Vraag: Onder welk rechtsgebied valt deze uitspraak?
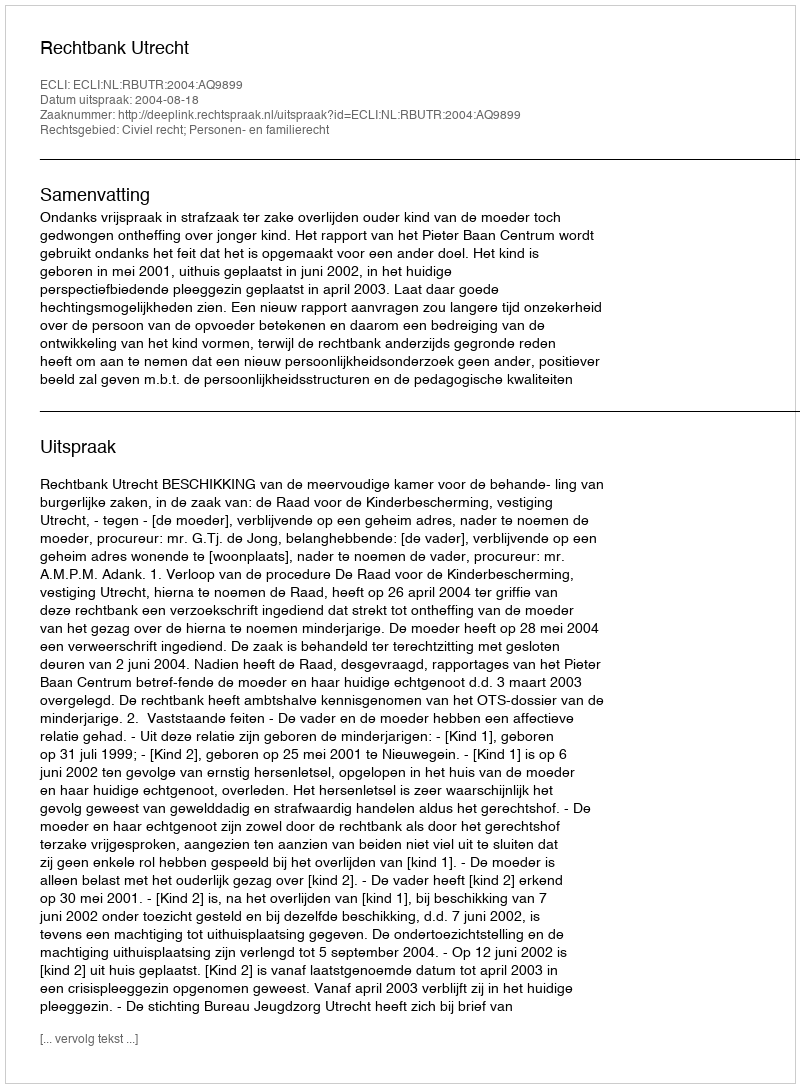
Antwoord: Civiel recht; Personen- en familierecht